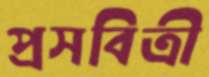
প্রসবিত্রী